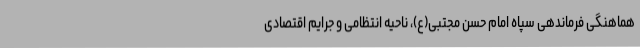
هماهنگی فرماندهی سپاه امام حسن مجتبی(ع)، ناحیه انتظامی و جرایم اقتصادی